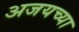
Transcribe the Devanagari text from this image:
अजयच्या